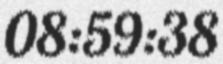
08:59:38